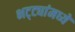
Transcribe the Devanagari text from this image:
भट्ट्यांमध्ये